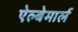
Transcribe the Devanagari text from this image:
ऐल्बेमार्ल